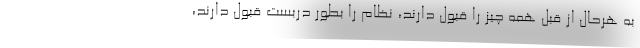
به هرحال از قبل همه چیز را قبول دارند، نظام را بطور دربست قبول دارند،